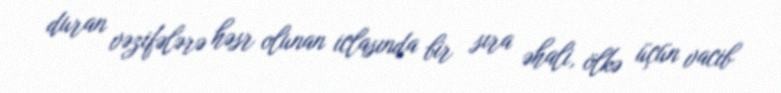
duran vəzifələrə həsr olunan iclasında bir sıra əhali, ölkə üçün vacib